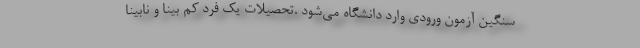
سنگین آزمون ورودی وارد دانشگاه می‌شود .تحصیلات یک فرد کم بینا و نابینا